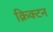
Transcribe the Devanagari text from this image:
क्रिक्टन